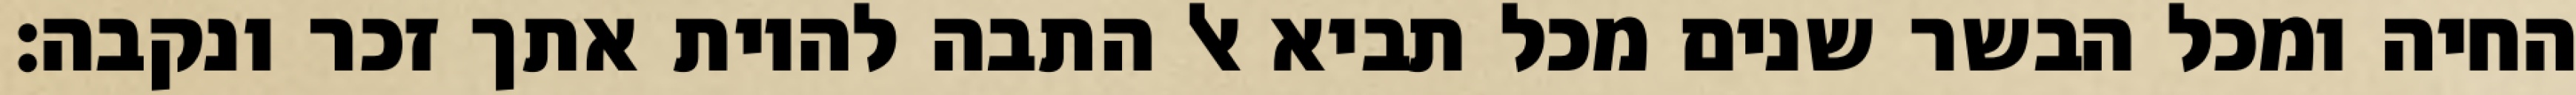
החיה ומכל הבשר שנים מכל תביא אל התבה להיות אתך זכר ונקבה׃